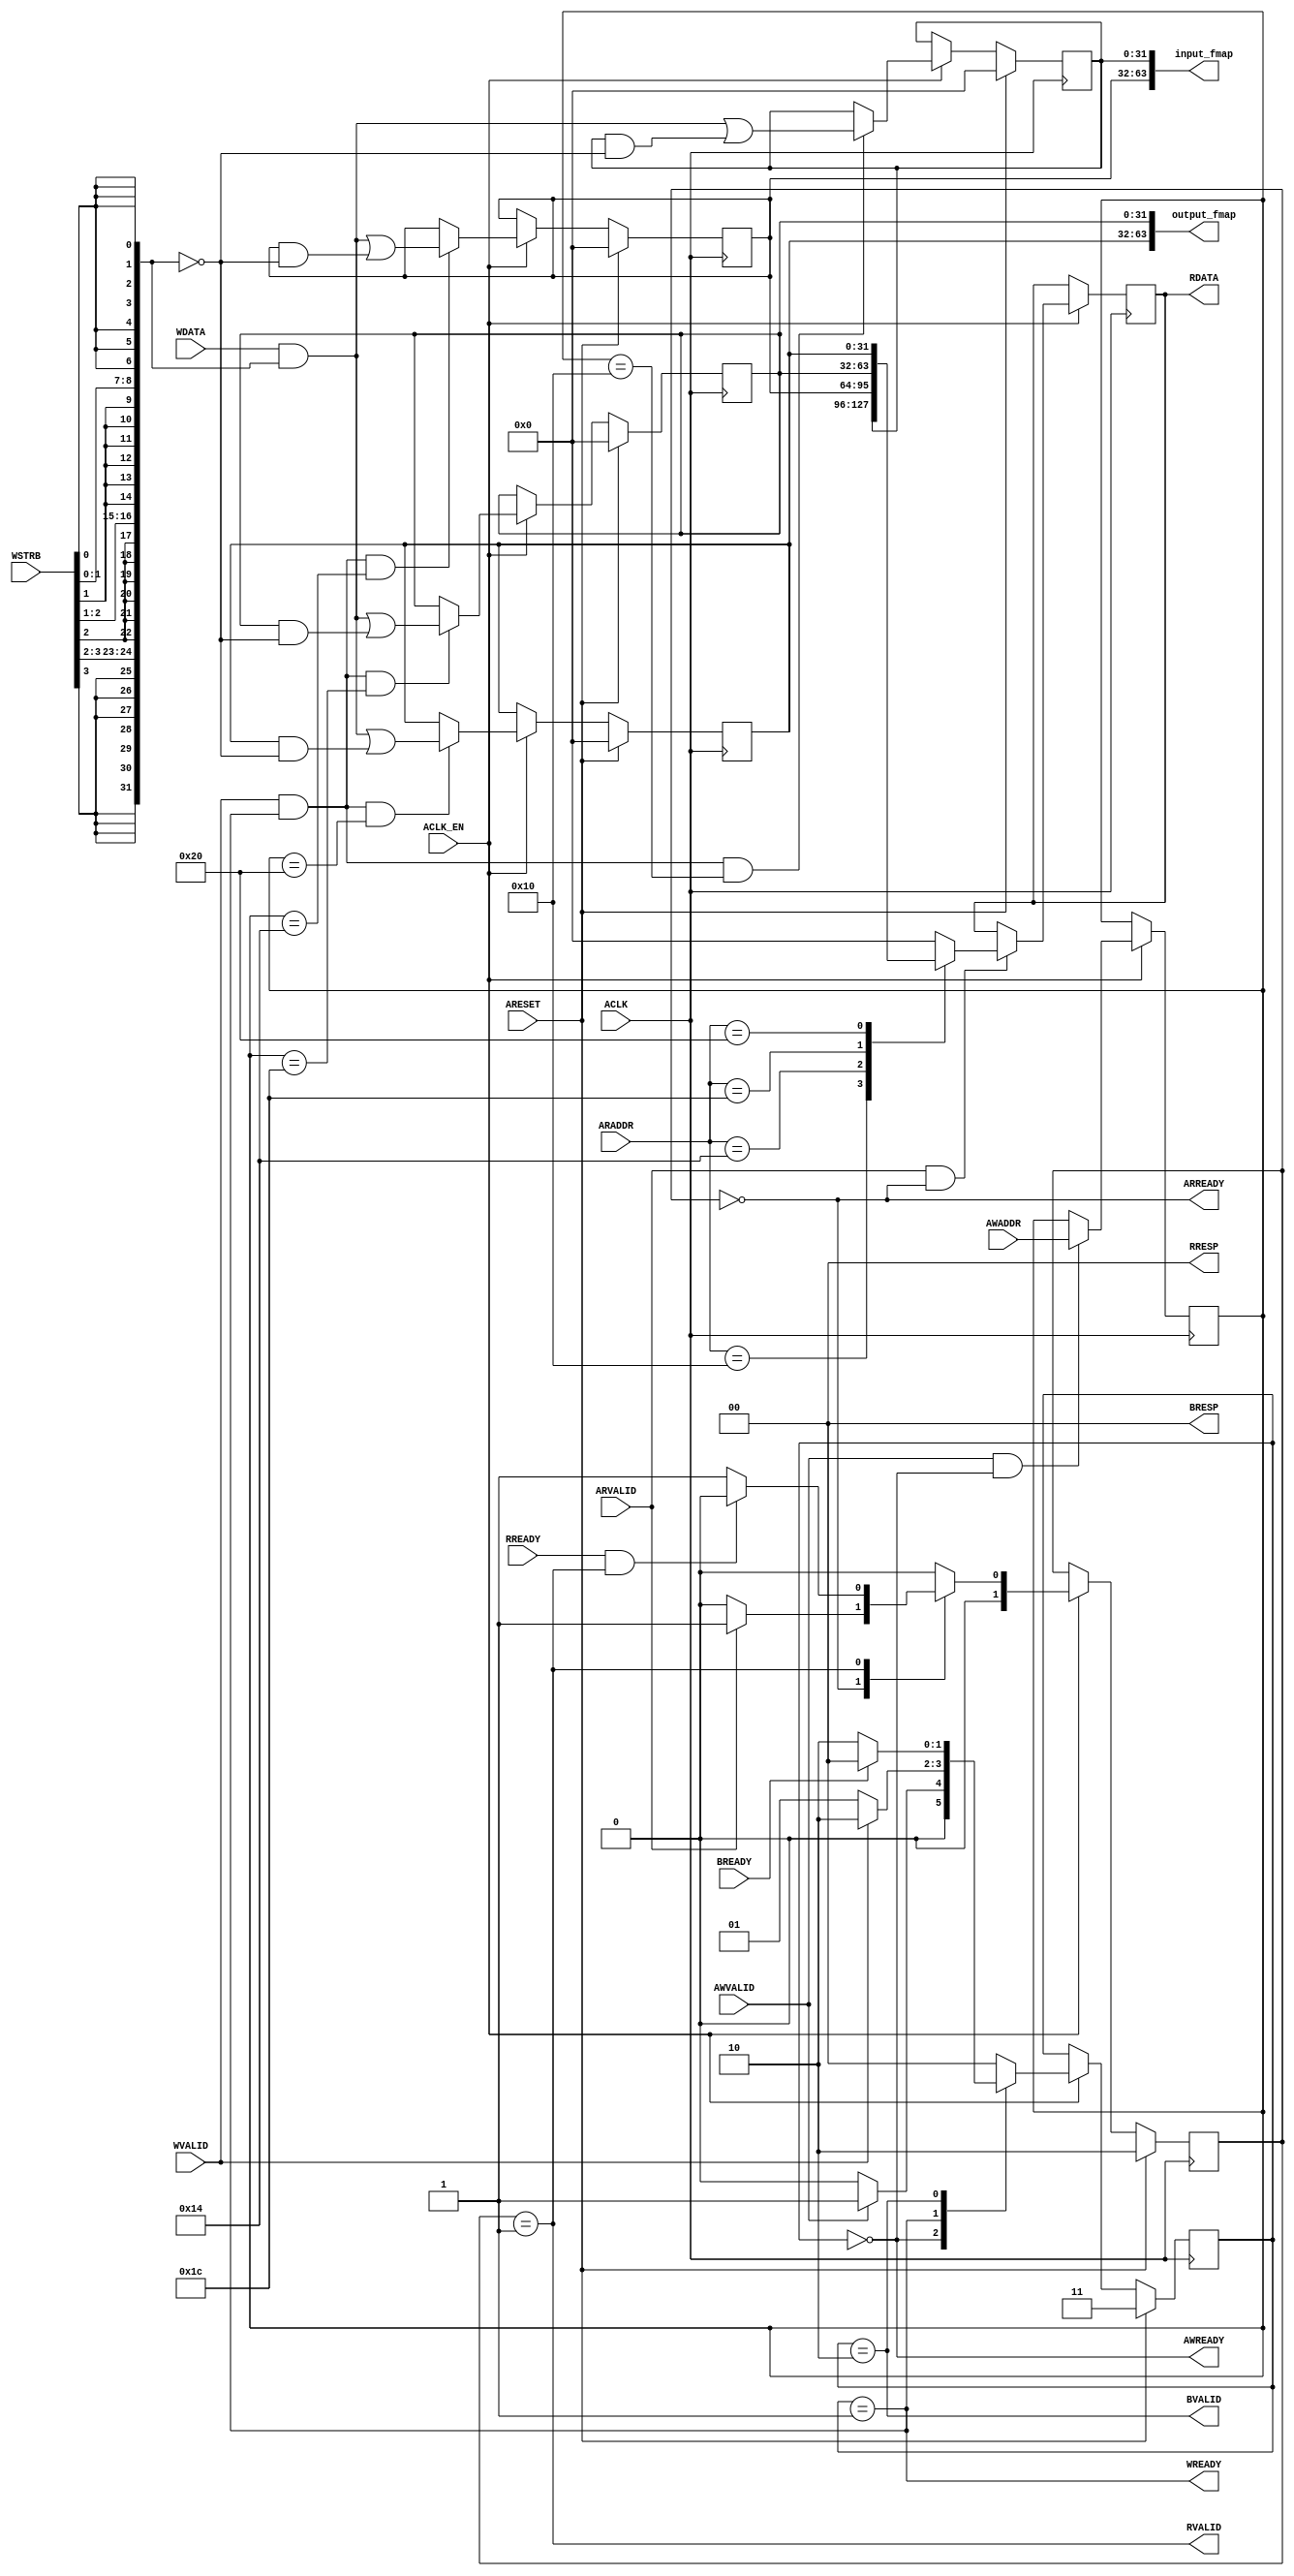
// ==============================================================
// Vitis HLS - High-Level Synthesis from C, C++ and OpenCL v2020.1 (64-bit)
// Copyright 1986-2020 Xilinx, Inc. All Rights Reserved.
// ==============================================================
`timescale 1ns/1ps
module process_element_control_s_axi
#(parameter
    C_S_AXI_ADDR_WIDTH = 6,
    C_S_AXI_DATA_WIDTH = 32
)(
    input  wire                          ACLK,
    input  wire                          ARESET,
    input  wire                          ACLK_EN,
    input  wire [C_S_AXI_ADDR_WIDTH-1:0] AWADDR,
    input  wire                          AWVALID,
    output wire                          AWREADY,
    input  wire [C_S_AXI_DATA_WIDTH-1:0] WDATA,
    input  wire [C_S_AXI_DATA_WIDTH/8-1:0] WSTRB,
    input  wire                          WVALID,
    output wire                          WREADY,
    output wire [1:0]                    BRESP,
    output wire                          BVALID,
    input  wire                          BREADY,
    input  wire [C_S_AXI_ADDR_WIDTH-1:0] ARADDR,
    input  wire                          ARVALID,
    output wire                          ARREADY,
    output wire [C_S_AXI_DATA_WIDTH-1:0] RDATA,
    output wire [1:0]                    RRESP,
    output wire                          RVALID,
    input  wire                          RREADY,
    output wire [63:0]                   input_fmap,
    output wire [63:0]                   output_fmap
);
//------------------------Address Info-------------------
// 0x00 : reserved
// 0x04 : reserved
// 0x08 : reserved
// 0x0c : reserved
// 0x10 : Data signal of input_fmap
//        bit 31~0 - input_fmap[31:0] (Read/Write)
// 0x14 : Data signal of input_fmap
//        bit 31~0 - input_fmap[63:32] (Read/Write)
// 0x18 : reserved
// 0x1c : Data signal of output_fmap
//        bit 31~0 - output_fmap[31:0] (Read/Write)
// 0x20 : Data signal of output_fmap
//        bit 31~0 - output_fmap[63:32] (Read/Write)
// 0x24 : reserved
// (SC = Self Clear, COR = Clear on Read, TOW = Toggle on Write, COH = Clear on Handshake)

//------------------------Parameter----------------------
localparam
    ADDR_INPUT_FMAP_DATA_0  = 6'h10,
    ADDR_INPUT_FMAP_DATA_1  = 6'h14,
    ADDR_INPUT_FMAP_CTRL    = 6'h18,
    ADDR_OUTPUT_FMAP_DATA_0 = 6'h1c,
    ADDR_OUTPUT_FMAP_DATA_1 = 6'h20,
    ADDR_OUTPUT_FMAP_CTRL   = 6'h24,
    WRIDLE                  = 2'd0,
    WRDATA                  = 2'd1,
    WRRESP                  = 2'd2,
    WRRESET                 = 2'd3,
    RDIDLE                  = 2'd0,
    RDDATA                  = 2'd1,
    RDRESET                 = 2'd2,
    ADDR_BITS                = 6;

//------------------------Local signal-------------------
    reg  [1:0]                    wstate = WRRESET;
    reg  [1:0]                    wnext;
    reg  [ADDR_BITS-1:0]          waddr;
    wire [C_S_AXI_DATA_WIDTH-1:0] wmask;
    wire                          aw_hs;
    wire                          w_hs;
    reg  [1:0]                    rstate = RDRESET;
    reg  [1:0]                    rnext;
    reg  [C_S_AXI_DATA_WIDTH-1:0] rdata;
    wire                          ar_hs;
    wire [ADDR_BITS-1:0]          raddr;
    // internal registers
    reg  [63:0]                   int_input_fmap = 'b0;
    reg  [63:0]                   int_output_fmap = 'b0;

//------------------------Instantiation------------------


//------------------------AXI write fsm------------------
assign AWREADY = (wstate == WRIDLE);
assign WREADY  = (wstate == WRDATA);
assign BRESP   = 2'b00;  // OKAY
assign BVALID  = (wstate == WRRESP);
assign wmask   = { {8{WSTRB[3]}}, {8{WSTRB[2]}}, {8{WSTRB[1]}}, {8{WSTRB[0]}} };
assign aw_hs   = AWVALID & AWREADY;
assign w_hs    = WVALID & WREADY;

// wstate
always @(posedge ACLK) begin
    if (ARESET)
        wstate <= WRRESET;
    else if (ACLK_EN)
        wstate <= wnext;
end

// wnext
always @(*) begin
    case (wstate)
        WRIDLE:
            if (AWVALID)
                wnext = WRDATA;
            else
                wnext = WRIDLE;
        WRDATA:
            if (WVALID)
                wnext = WRRESP;
            else
                wnext = WRDATA;
        WRRESP:
            if (BREADY)
                wnext = WRIDLE;
            else
                wnext = WRRESP;
        default:
            wnext = WRIDLE;
    endcase
end

// waddr
always @(posedge ACLK) begin
    if (ACLK_EN) begin
        if (aw_hs)
            waddr <= AWADDR[ADDR_BITS-1:0];
    end
end

//------------------------AXI read fsm-------------------
assign ARREADY = (rstate == RDIDLE);
assign RDATA   = rdata;
assign RRESP   = 2'b00;  // OKAY
assign RVALID  = (rstate == RDDATA);
assign ar_hs   = ARVALID & ARREADY;
assign raddr   = ARADDR[ADDR_BITS-1:0];

// rstate
always @(posedge ACLK) begin
    if (ARESET)
        rstate <= RDRESET;
    else if (ACLK_EN)
        rstate <= rnext;
end

// rnext
always @(*) begin
    case (rstate)
        RDIDLE:
            if (ARVALID)
                rnext = RDDATA;
            else
                rnext = RDIDLE;
        RDDATA:
            if (RREADY & RVALID)
                rnext = RDIDLE;
            else
                rnext = RDDATA;
        default:
            rnext = RDIDLE;
    endcase
end

// rdata
always @(posedge ACLK) begin
    if (ACLK_EN) begin
        if (ar_hs) begin
            rdata <= 'b0;
            case (raddr)
                ADDR_INPUT_FMAP_DATA_0: begin
                    rdata <= int_input_fmap[31:0];
                end
                ADDR_INPUT_FMAP_DATA_1: begin
                    rdata <= int_input_fmap[63:32];
                end
                ADDR_OUTPUT_FMAP_DATA_0: begin
                    rdata <= int_output_fmap[31:0];
                end
                ADDR_OUTPUT_FMAP_DATA_1: begin
                    rdata <= int_output_fmap[63:32];
                end
            endcase
        end
    end
end


//------------------------Register logic-----------------
assign input_fmap  = int_input_fmap;
assign output_fmap = int_output_fmap;
// int_input_fmap[31:0]
always @(posedge ACLK) begin
    if (ARESET)
        int_input_fmap[31:0] <= 0;
    else if (ACLK_EN) begin
        if (w_hs && waddr == ADDR_INPUT_FMAP_DATA_0)
            int_input_fmap[31:0] <= (WDATA[31:0] & wmask) | (int_input_fmap[31:0] & ~wmask);
    end
end

// int_input_fmap[63:32]
always @(posedge ACLK) begin
    if (ARESET)
        int_input_fmap[63:32] <= 0;
    else if (ACLK_EN) begin
        if (w_hs && waddr == ADDR_INPUT_FMAP_DATA_1)
            int_input_fmap[63:32] <= (WDATA[31:0] & wmask) | (int_input_fmap[63:32] & ~wmask);
    end
end

// int_output_fmap[31:0]
always @(posedge ACLK) begin
    if (ARESET)
        int_output_fmap[31:0] <= 0;
    else if (ACLK_EN) begin
        if (w_hs && waddr == ADDR_OUTPUT_FMAP_DATA_0)
            int_output_fmap[31:0] <= (WDATA[31:0] & wmask) | (int_output_fmap[31:0] & ~wmask);
    end
end

// int_output_fmap[63:32]
always @(posedge ACLK) begin
    if (ARESET)
        int_output_fmap[63:32] <= 0;
    else if (ACLK_EN) begin
        if (w_hs && waddr == ADDR_OUTPUT_FMAP_DATA_1)
            int_output_fmap[63:32] <= (WDATA[31:0] & wmask) | (int_output_fmap[63:32] & ~wmask);
    end
end


//------------------------Memory logic-------------------

endmodule